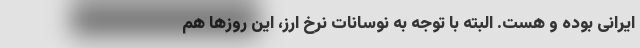
ایرانی بوده و هست. البته با توجه به نوسانات نرخ ارز، این روزها هم